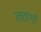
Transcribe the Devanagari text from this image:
लतांगी